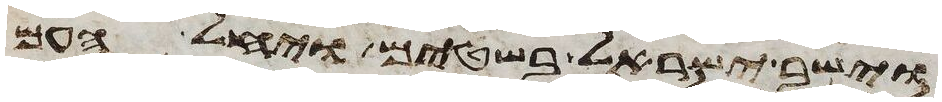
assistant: וישב ישראל בשטים ויחל העם